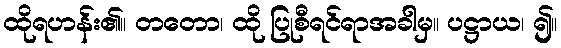
ထိုရဟန်း၏။ တတော၊ ထို ပြုစီရင်ရာအခါမှ။ ပဋ္ဌာယ၊ ၍။